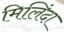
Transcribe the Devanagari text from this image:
मिलिंदा